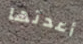
أعدتها